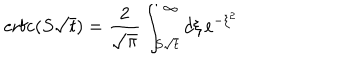
\mathrm { e r f c } ( S \sqrt t ) = \frac { 2 } { \sqrt \pi } \int _ { S \sqrt t } ^ { \infty } d \xi \, e ^ { - \xi ^ { 2 } }